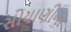
સોયાણીના